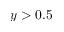
y > 0 . 5